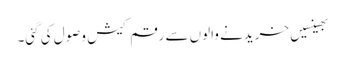
بھینسیں خریدنے والوں سے رقم کیش وصول کی گئی۔